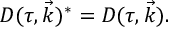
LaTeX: { \cal D } ( \tau , \vec { k } ) ^ { * } = { \cal D } ( \tau , \vec { k } ) .